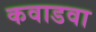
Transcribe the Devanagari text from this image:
कवाडवा